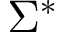
\Sigma ^ { * }